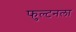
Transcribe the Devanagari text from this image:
फुल्टनला